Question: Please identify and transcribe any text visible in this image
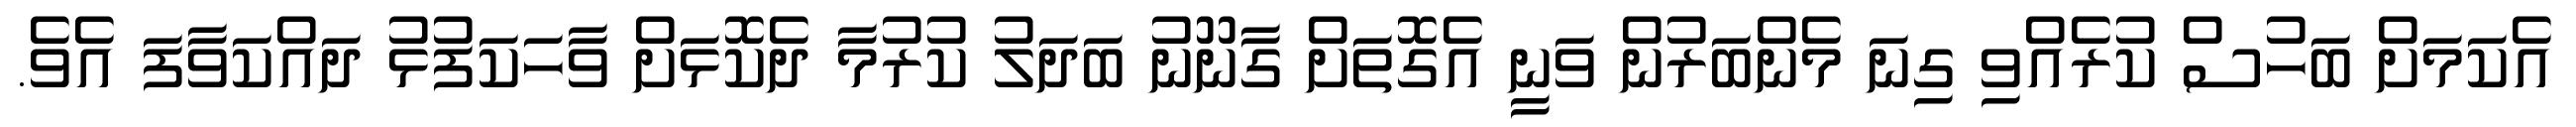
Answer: އެކަމަށް ބަހުސް ކުރެއްވި ގިނަ މެންބަރުން ވަނީ އެގޮތަށް ގާނޫނު ބަދަލު ކުރުމާ ދެކޮޅަށް ވާހަކަފުޅު ދައްކަވާފަ އެވެ.